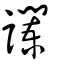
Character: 讕